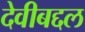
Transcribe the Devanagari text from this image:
देवीबद्दल